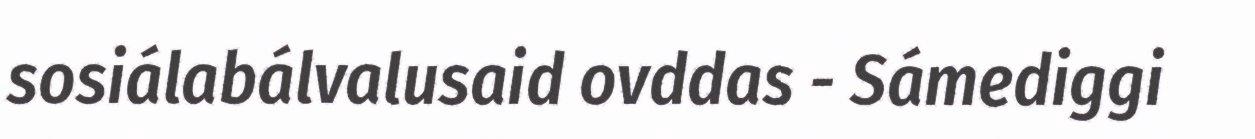
sosiálabálvalusaid ovddas - Sámediggi